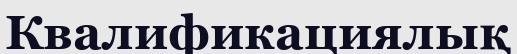
Квалификациялық